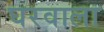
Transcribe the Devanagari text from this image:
घरवाला